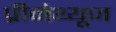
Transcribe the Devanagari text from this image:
प्रीमेथ्यूज